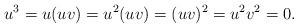
LaTeX: \begin{align*}u^3=u(uv)=u^2(uv)=(uv)^2=u^2v^2=0.\end{align*}